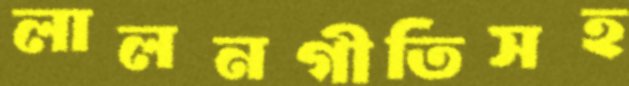
লালনগীতিসহ